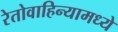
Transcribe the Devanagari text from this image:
रेतोवाहिन्यामध्ये